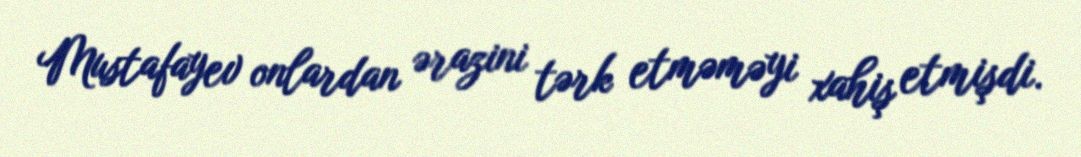
Mustafayev onlardan ərazini tərk etməməyi xahiş etmişdi.